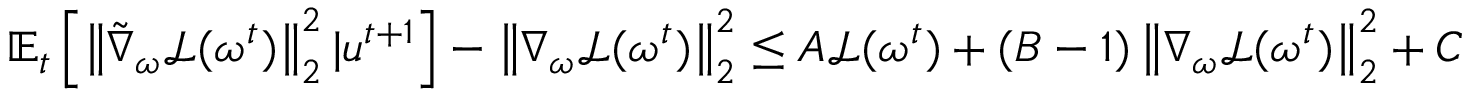
\begin{array} { r } { \mathbb { E } _ { t } \left[ \left\| \tilde { \nabla } _ { \omega } \mathcal { L } ( \omega ^ { t } ) \right\| _ { 2 } ^ { 2 } | u ^ { t + 1 } \right] - \left\| \nabla _ { \omega } \mathcal { L } ( \omega ^ { t } ) \right\| _ { 2 } ^ { 2 } \leq A \mathcal { L } ( \omega ^ { t } ) + ( B - 1 ) \left\| \nabla _ { \omega } \mathcal { L } ( \omega ^ { t } ) \right\| _ { 2 } ^ { 2 } + C } \end{array}